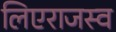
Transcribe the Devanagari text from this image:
लिएराजस्व